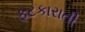
ફટકારાતી